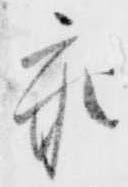
参